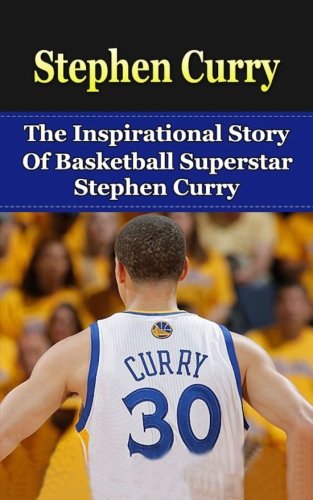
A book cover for Stephen Curry: The Inspirational Story of Basketball Superstar Stephen Curry (Stephen Curry Unauthorized Biography, Golden State Warriors, NBA Books); Bill Redban; Biographies & Memoirs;